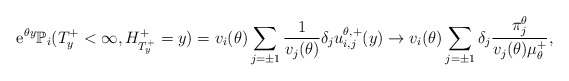
\begin{align*}{\rm e}^{\theta y}\mathbb{P}_i(T_y^+<\infty,H^+_{T_y^+}=y)=v_i(\theta)\sum_{j=\pm1}\frac{1}{v_j(\theta)}\delta_j u^{\theta, +}_{i,j}(y)\to v_i(\theta)\sum_{j = \pm1} \delta_j \frac{\pi^{\theta}_j}{v_j(\theta)\mu^+_\theta},\end{align*}